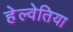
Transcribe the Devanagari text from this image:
हेल्वेतिया